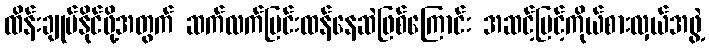
ထိန်းချုပ်နိုင်ဖို့အတွက် ဆက်လက်ပြင်းထန်နေဆဲဖြစ်ကြောင်း အဆင့်မြင့်ကိုယ်စားလှယ်အဖွဲ့